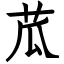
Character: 苽